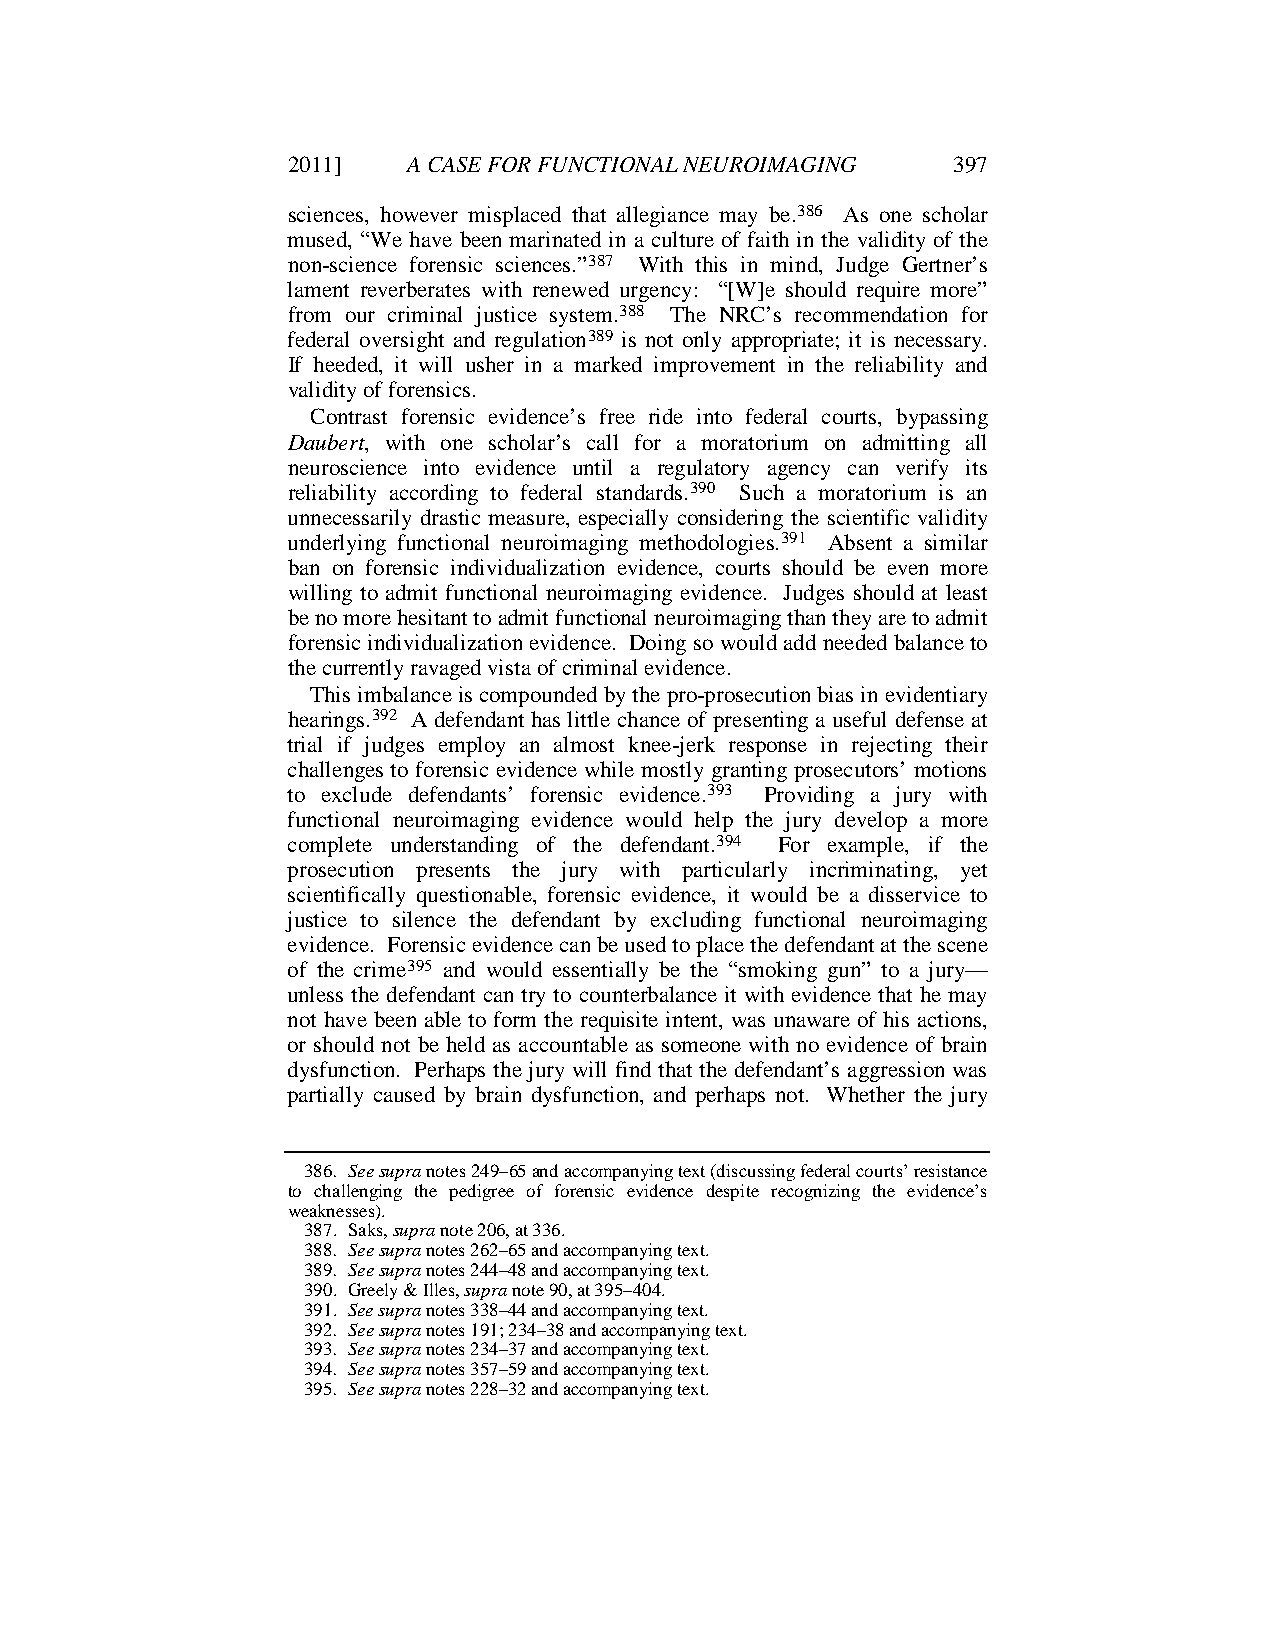
2011]   A CASE FOR FUNCTIONAL NEUROIMAGING  397
 sciences, however misplaced that allegiance may be.386 As one scholar
 mused, “We have been marinated in a culture of faith in the validity of the
 non-science forensic sciences.”387 With this in mind, Judge Gertner’s
 lament reverberates with renewed urgency: “[W]e should require more”
 from our criminal justice system.388 The NRC’s recommendation for
 federal oversight and regulation389 is not only appropriate; it is necessary.
 If heeded, it will usher in a marked improvement in the reliability and
 validity of forensics.
 Contrast forensic evidence’s free ride into federal courts, bypassing
 Daubert, with one scholar’s call for a moratorium on admitting all
 neuroscience into evidence until a regulatory agency can verify its
 reliability according to federal standards.390 Such a moratorium is an
 unnecessarily drastic measure, especially considering the scientific validity
 underlying functional neuroimaging methodologies.391 Absent a similar
 ban on forensic individualization evidence, courts should be even more
 willing to admit functional neuroimaging evidence. Judges should at least
 be no more hesitant to admit functional neuroimaging than they are to admit
 forensic individualization evidence. Doing so would add needed balance to
 the currently ravaged vista of criminal evidence.
 This imbalance is compounded by the pro-prosecution bias in evidentiary
 hearings.392 A defendant has little chance of presenting a useful defense at
 trial if judges employ an almost knee-jerk response in rejecting their
 challenges to forensic evidence while mostly granting prosecutors’ motions
 to exclude defendants’ forensic evidence.393 Providing a jury with
 functional neuroimaging evidence would help the jury develop a more
 complete understanding of the defendant.394 For example, if the
 prosecution presents the jury with particularly incriminating, yet
 scientifically questionable, forensic evidence, it would be a disservice to
 justice to silence the defendant by excluding functional neuroimaging
 evidence. Forensic evidence can be used to place the defendant at the scene
 of the crime395 and would essentially be the “smoking gun” to a jury—
 unless the defendant can try to counterbalance it with evidence that he may
 not have been able to form the requisite intent, was unaware of his actions,
 or should not be held as accountable as someone with no evidence of brain
 dysfunction. Perhaps the jury will find that the defendant’s aggression was
 partially caused by brain dysfunction, and perhaps not. Whether the jury
 386. See supra notes 249–65 and accompanying text (discussing federal courts’ resistance
 to challenging the pedigree of forensic evidence despite recognizing the evidence’s
 weaknesses).
 387. Saks, supra note 206, at 336.
 388. See supra notes 262–65 and accompanying text.
 389. See supra notes 244–48 and accompanying text.
 390. Greely & Illes, supra note 90, at 395–404.
 391. See supra notes 338–44 and accompanying text.
 392. See supra notes 191; 234–38 and accompanying text.
 393. See supra notes 234–37 and accompanying text.
 394. See supra notes 357–59 and accompanying text.
 395. See supra notes 228–32 and accompanying text.